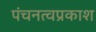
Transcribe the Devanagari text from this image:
पंचनत्वप्रकाश